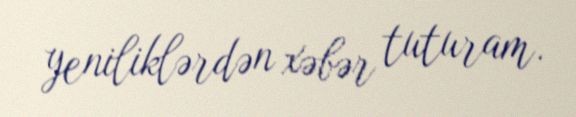
yeniliklərdən xəbər tuturam.